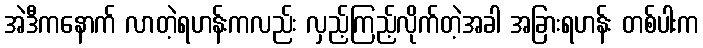
အဲဒီကနောက် လာတဲ့ရဟန်းကလည်း လှည့်ကြည့်လိုက်တဲ့အခါ အခြားရဟန်း တစ်ပါးက